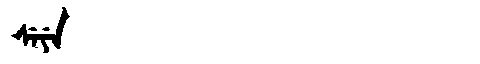
Manchu: ᠰᡝᠶᡝ
Romanization: SEYE